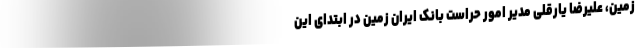
زمین، علیرضا یارقلی مدیر امور حراست بانک ایران زمین در ابتدای این